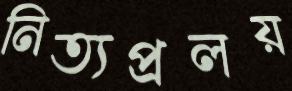
নিত্যপ্রলয়